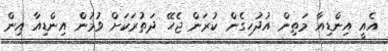
އެއީ އިންޑިއާ މަތިން އުދުހިގެން ކުރަން ޖެހޭ ދަތުރަކަށް ވުމުން އިންޑިއާ އިން